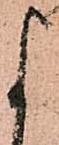
よ